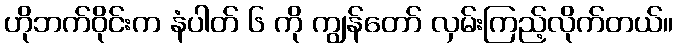
ဟိုဘက်ဝိုင်းက နံပါတ် ၆ ကို ကျွန်တော် လှမ်းကြည့်လိုက်တယ်။